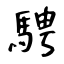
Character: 騁